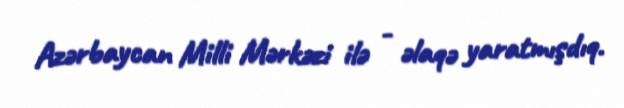
Azərbaycan Milli Mərkəzi ilə - əlaqə yaratmışdıq.